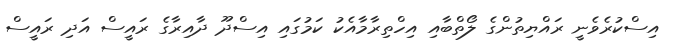
އިސްކުރެވެނީ ރައްޔިތުންގެ ލޯތްބާއި އިހްތިރާމާއެކު ކަމުގައި އިސްދޫ ދާއިރާގެ ރައީސް އަދި ރައީސް